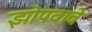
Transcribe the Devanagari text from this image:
झोपवावे